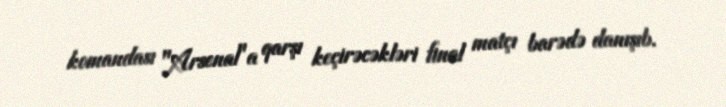
komandası "Arsenal"a qarşı keçirəcəkləri final matçı barədə danışıb.